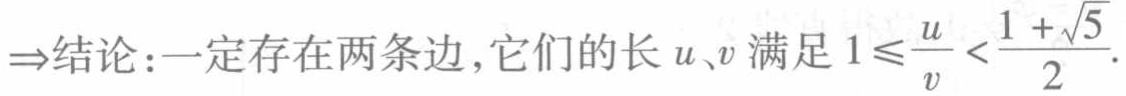
$\Rightarrow 结论：一定存在两条边，它们的长\ u、v\ 满足\ 1\leqslant\frac{u}{v}<\frac{1 + \sqrt{5}}{2}.$